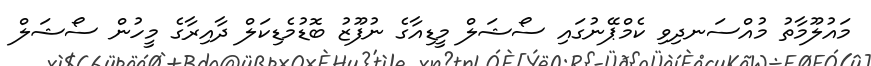
މައުލޫމާތު މުއްސަނދިވި ކެމްޕޭނުގައި ސޯޝަލް މީޑިއާގެ ނުފޫޒު ބޮޑުމެޑިކަލް ދާއިރާގެ މީހުން ސޯޝަލް